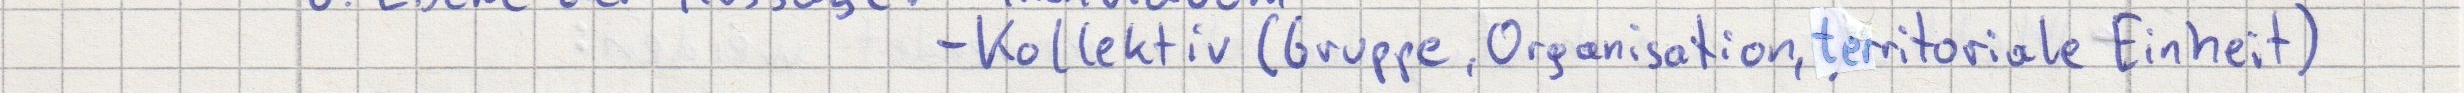
- Kollektiv (Gruppe, Organisation, territoriale Einheit)